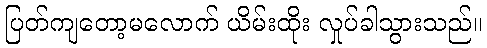
ပြတ်ကျတော့မလောက် ယိမ်းထိုး လှုပ်ခါသွားသည်။